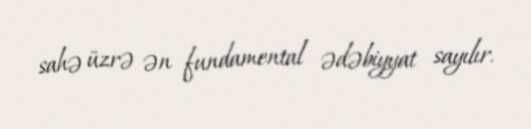
sahə üzrə ən fundamental ədəbiyyat sayılır.